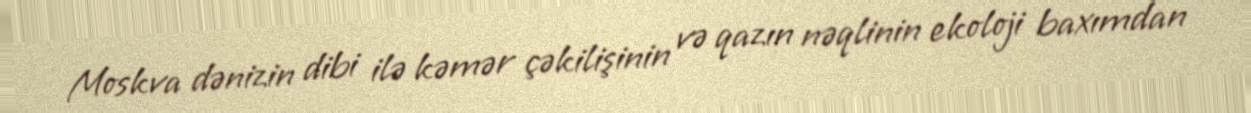
Moskva dənizin dibi ilə kəmər çəkilişinin və qazın nəqlinin ekoloji baxımdan